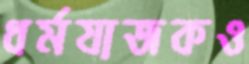
ধর্মযাজকও